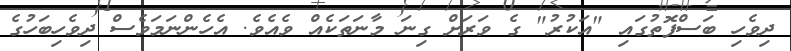
ދިވެހި ބަސްފޮތުގައި "އަކުރު" ގެ ވަރަށް ގިނަ މާނަތަކެއް ވެއެވެ. އެހެންނަމަވެސް ދިވެހިބަހުގެ